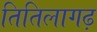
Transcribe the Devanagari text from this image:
तितिलागढ़